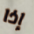
إذا